Indian journal of veterinary science and animal husbandry - Volumes 18-21, 1948-1951
Year: 1948
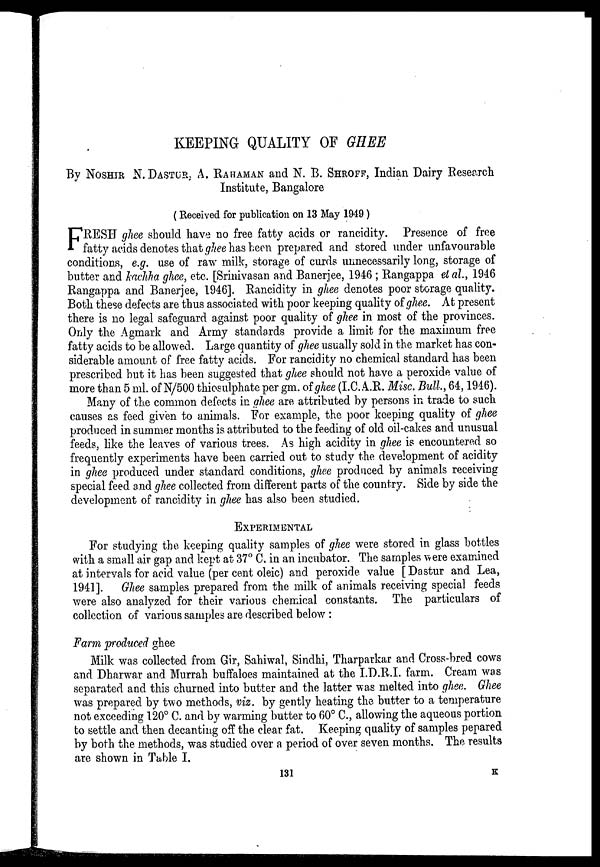
KEEPING QUALITY OF GHEE
By NOSHIR N. DASTUR. A. RAHAMAN and N. B. SHROFF, Indian Dairy Researeh
Institute, Bangalore
(Received for publication on 13 May 1949)
F RESH ghee should have no free fatty acids or rancidity. Presence of free
fatty acids denotes that ghee has been prepared and stored under unfavourable
conditions, e.g. use of raw milk, storage of curds unnecessarily long, storage of
butter and kachha ghee, etc. [Srinivasan and Banerjee, 1946 ; Rangappa et al., 1946
Rangappa and Banerjee, 1946]. Rancidity in ghee denotes poor storage quality.
Both these defects are thus associated with poor keeping quality of ghee. At present
there is no legal safeguard against poor quality of ghee in most of the provinces.
Only the Agmark and Army standards provide a limit for the maximum free
fatty acids to be allowed. Large quantity of ghee usually sold in the market has con-
siderable amount of free fatty acids. For rancidity no chemical standard has been
prescribed but it has been suggested that ghee should not have a peroxide value of
more than 5 ml. of N/500 thiosulphate per gm. of ghee (I.C.A.R. Misc. Bull., 64, 1946).
Many of the common defects in ghee are attributed by persons in trade to such
causes as feed given to animals. For example, the poor keeping quality of ghee
produced in summer months is attributed to the feeding of old oil-cakes and unusual
feeds, like the leaves of various trees. As high acidity in ghee is encountered so
frequently experiments have been carried out to study the development of acidity
in ghee produced under standard conditions, ghee produced by animals receiving
special feed and ghee collected from different parts of the country. Side by side the
development of rancidity in ghee has also been studied.
EXPERIMENTAL
For studying the keeping quality samples of ghee were stored in glass bottles
with a small air gap and kept at 37° C. in an incubator. The samples were examined
at intervals for acid value (per cent oleic) and peroxide value [Dastur and Lea,
1941]. Ghee samples prepared from the milk of animals receiving special feeds
were also analyzed for their various chemical constants. The particulars of
collection of various samples are described below :
Farm produced ghee
Milk was collected from Gir, Sahiwal, Sindhi, Tharparkar and Cross-bred cows
and Dharwar and Murrah buffaloes maintained at the I.D.R.I. farm. Cream was
separated and this churned into butter and the latter was melted into ghee. Ghee
was prepared by two methods, viz. by gently heating the butter to a temperature
not exceeding 120° C. and by warming butter to 60° C., allowing the aqueous portion
to settle and then decanting off the clear fat. Keeping quality of samples pepared
by both the methods, was studied over a period of over seven months. The results
are shown in Table I.
131
K